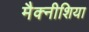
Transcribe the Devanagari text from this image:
मैक्नीशिया